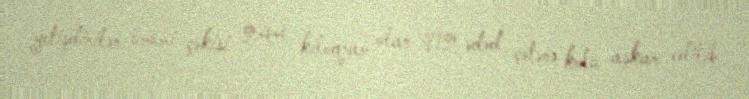
yetişdirilən ümumi çəkisi 244 kiloqram olan 912 ədəd çətənə kolu aşkar edilib.